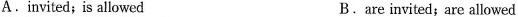
A.invited;is allowed B.are invited; are allowed